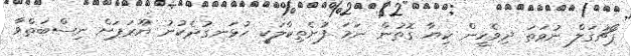
ޕޯޗުގަލް ނުވަތަ ދިވެހީން ކިޔާ ގޮތުން ނަމަ ފުށެތިކާލަކީ ހުޅަނގުދެކުނު ޔޫރަޕަށް ނިސްބަތްވާ